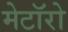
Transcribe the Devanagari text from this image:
मेटॉरो